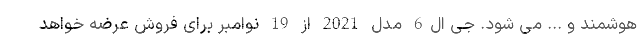
هوشمند و ... می شود. جی ال6 مدل 2021 از 19 نوامبر برای فروش عرضه خواهد